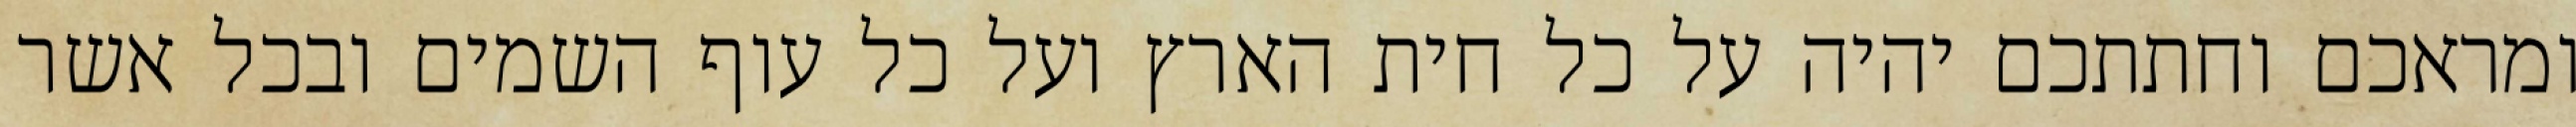
ומראכם וחתתכם יהיה על כל חית הארץ ועל כל עוף השמים ובכל אשר